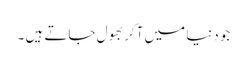
جو دنیا میں آکر بھول جاتے ہیں ۔